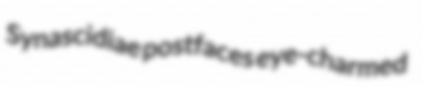
Synascidiae postfaces eye-charmed